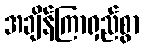
အချိန်ကြာရှည်စွာ